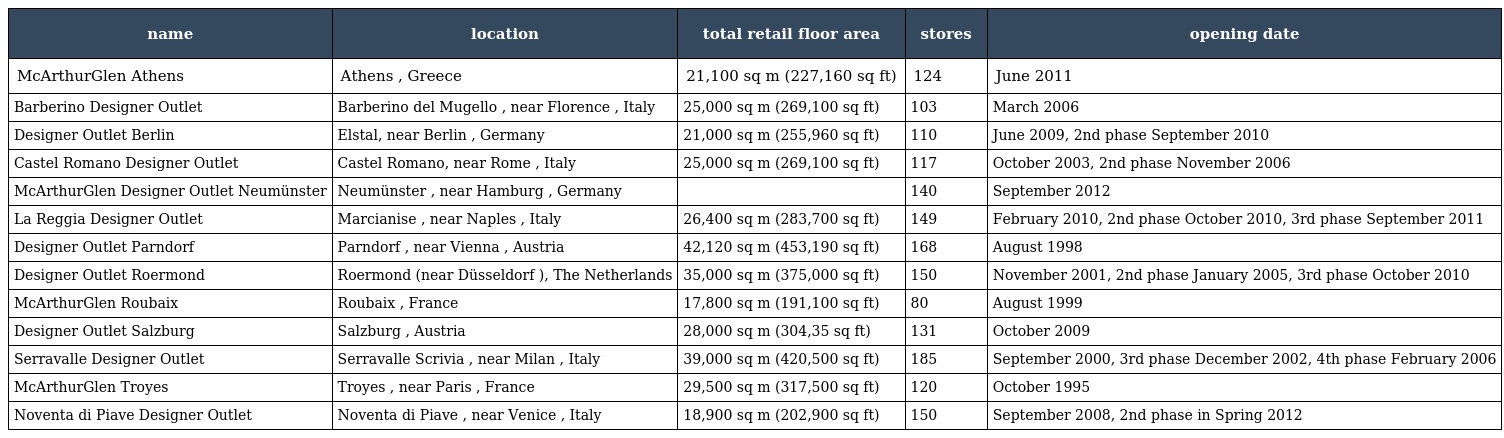
| name | location | total retail floor area | stores | opening date |
 | --- | --- | --- | --- | --- |
 | McArthurGlen Athens | Athens , Greece | 21,100 sq m (227,160 sq ft) | 124 | June 2011 |
 | Barberino Designer Outlet | Barberino del Mugello , near Florence , Italy | 25,000 sq m (269,100 sq ft) | 103 | March 2006 |
 | Designer Outlet Berlin | Elstal, near Berlin , Germany | 21,000 sq m (255,960 sq ft) | 110 | June 2009, 2nd phase September 2010 |
 | Castel Romano Designer Outlet | Castel Romano, near Rome , Italy | 25,000 sq m (269,100 sq ft) | 117 | October 2003, 2nd phase November 2006 |
 | McArthurGlen Designer Outlet Neumünster | Neumünster , near Hamburg , Germany |  | 140 | September 2012 |
 | La Reggia Designer Outlet | Marcianise , near Naples , Italy | 26,400 sq m (283,700 sq ft) | 149 | February 2010, 2nd phase October 2010, 3rd phase September 2011 |
 | Designer Outlet Parndorf | Parndorf , near Vienna , Austria | 42,120 sq m (453,190 sq ft) | 168 | August 1998 |
 | Designer Outlet Roermond | Roermond (near Düsseldorf ), The Netherlands | 35,000 sq m (375,000 sq ft) | 150 | November 2001, 2nd phase January 2005, 3rd phase October 2010 |
 | McArthurGlen Roubaix | Roubaix , France | 17,800 sq m (191,100 sq ft) | 80 | August 1999 |
 | Designer Outlet Salzburg | Salzburg , Austria | 28,000 sq m (304,35 sq ft) | 131 | October 2009 |
 | Serravalle Designer Outlet | Serravalle Scrivia , near Milan , Italy | 39,000 sq m (420,500 sq ft) | 185 | September 2000, 3rd phase December 2002, 4th phase February 2006 |
 | McArthurGlen Troyes | Troyes , near Paris , France | 29,500 sq m (317,500 sq ft) | 120 | October 1995 |
 | Noventa di Piave Designer Outlet | Noventa di Piave , near Venice , Italy | 18,900 sq m (202,900 sq ft) | 150 | September 2008, 2nd phase in Spring 2012 |